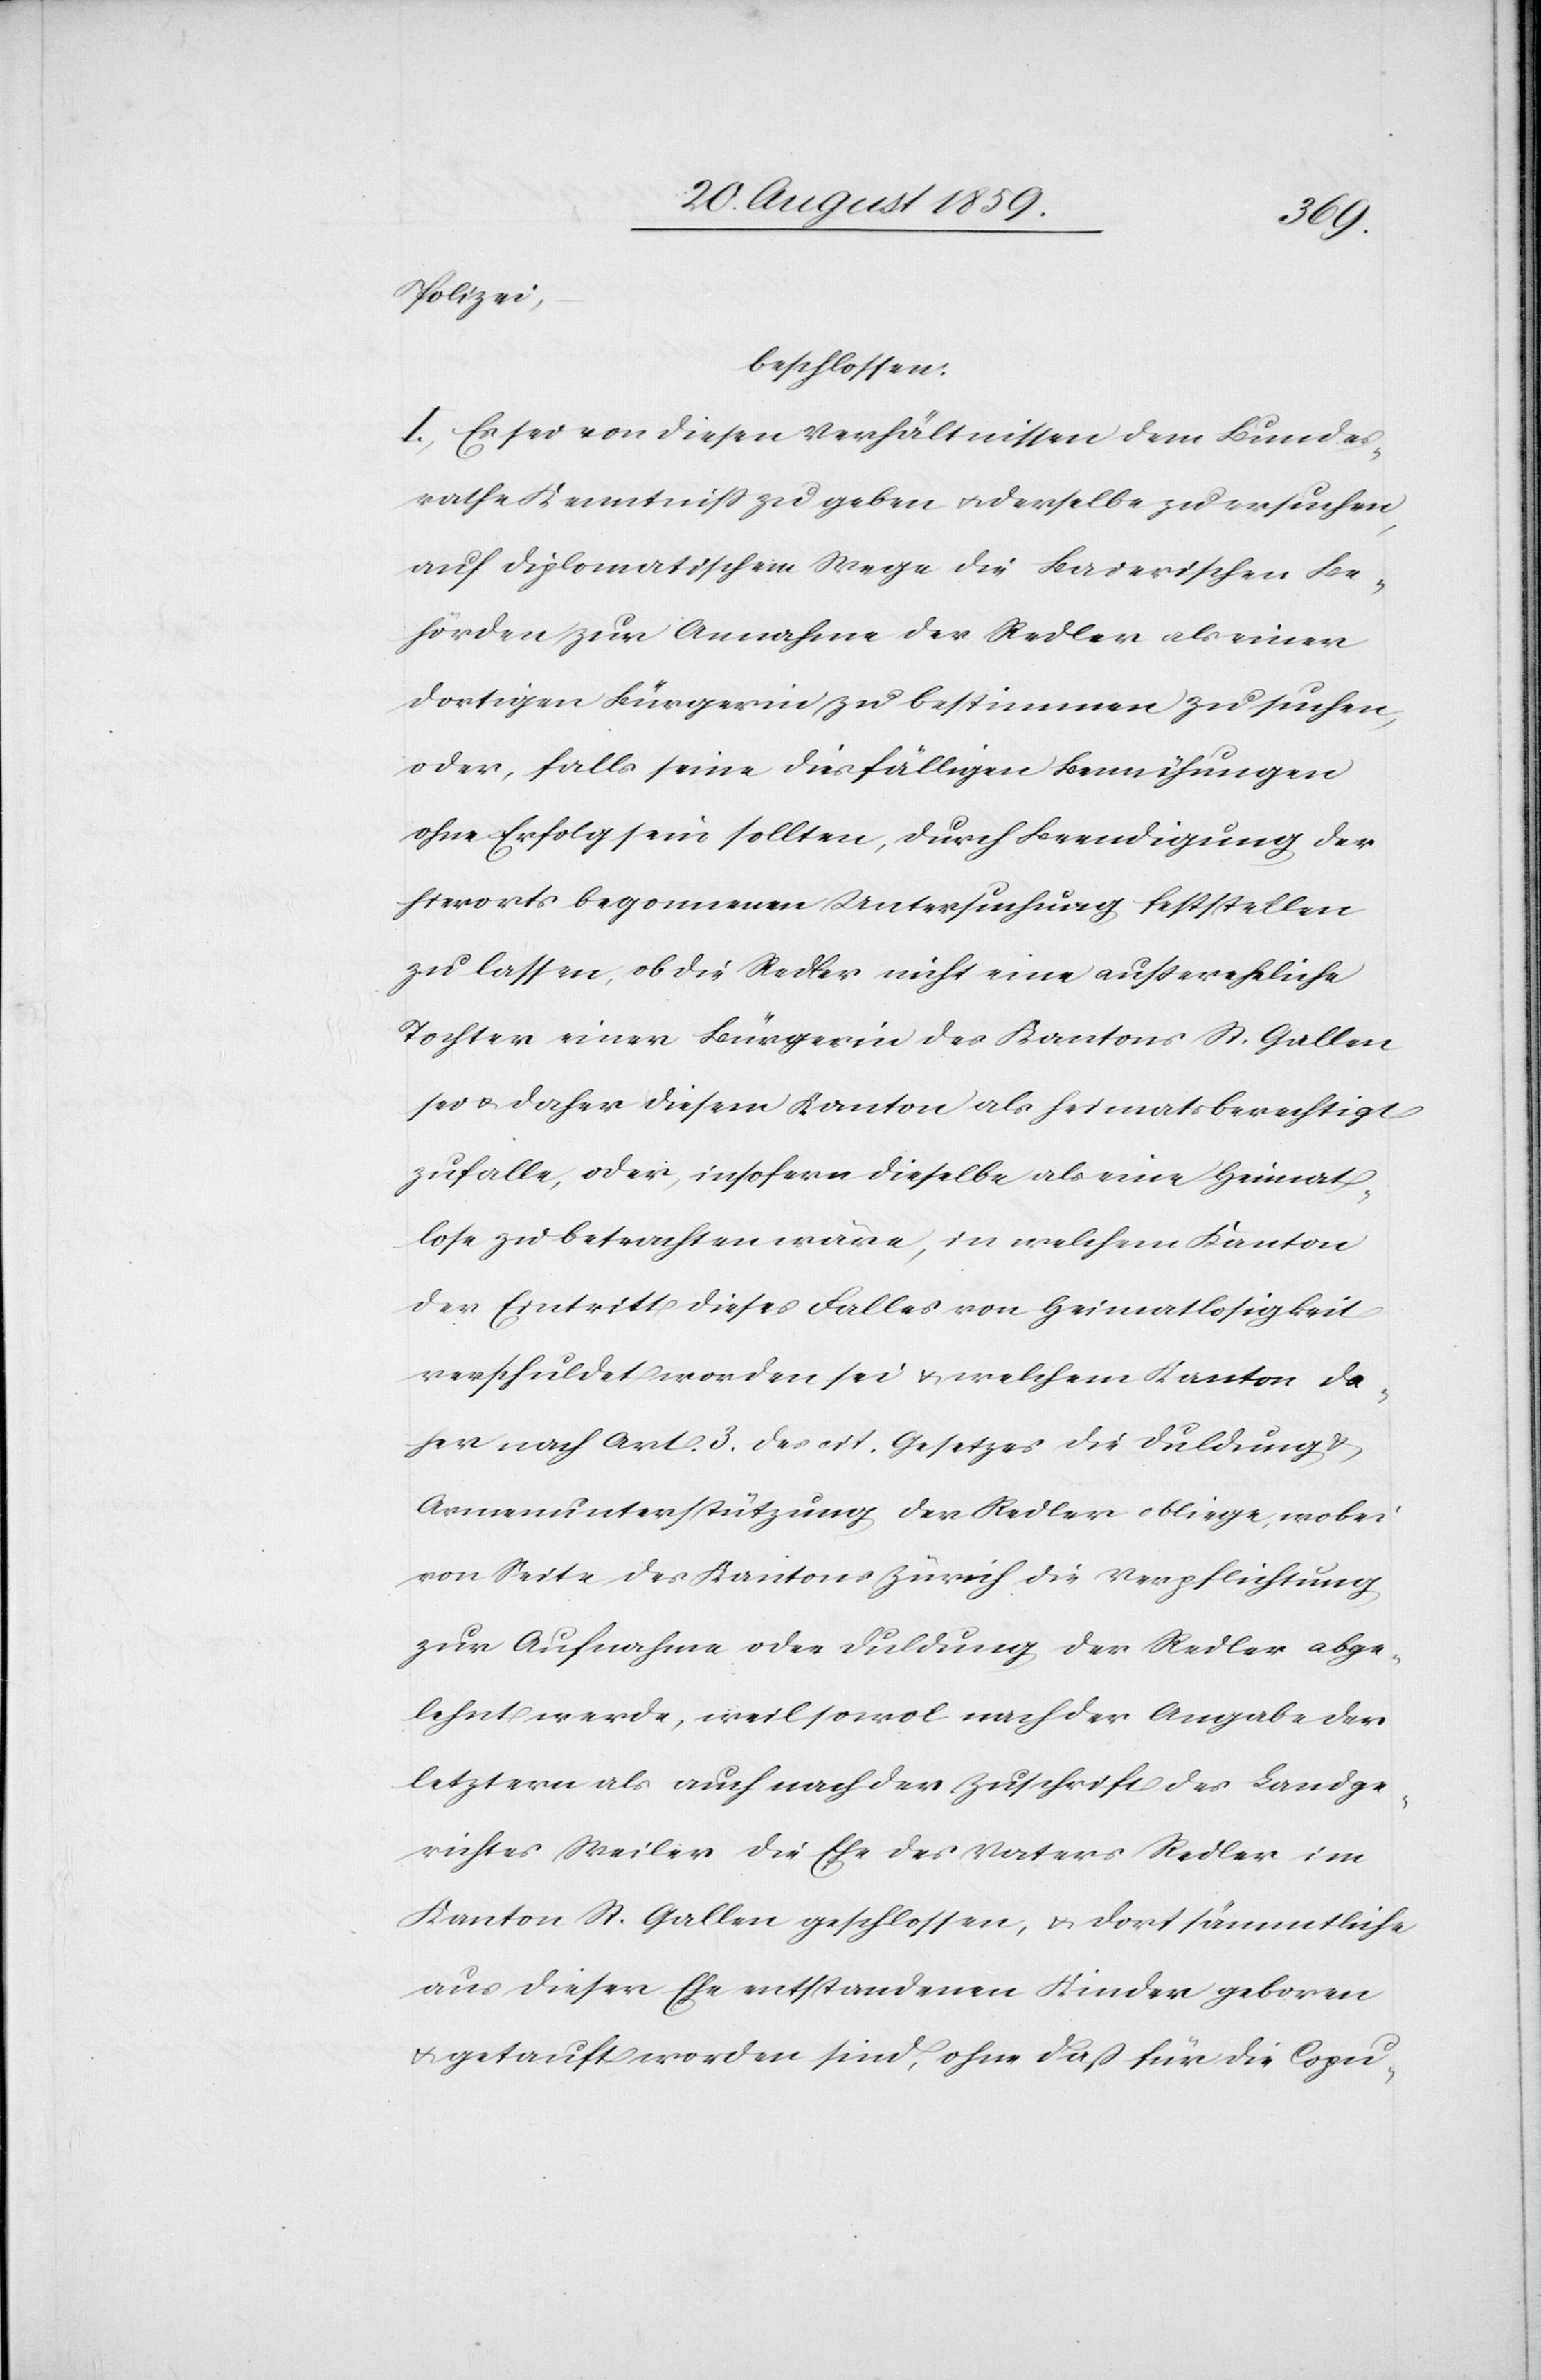
Polizei,
beschlossen:
I. Es sei von diesen Verhältnissen dem Bundes¬
rathe Kenntniß zu geben & derselbe zu ersuchen,
auf diplomatischem Wege die Baierischen Be¬
hörden zur Annahme der Redler als einer
dortigen Bürgerin zu bestimmen zu suchen,
oder, falls seine diesfälligen Bemühungen
ohne Erfolg sein sollten, durch Beendigung der
hierorts begonnen Untersuchung feststellen
zu lassen, ob die Redler nicht eine außereheliche
Tochter einer Bürgerin des Kantons St. Gallen
sei & daher diesem Kanton als heimatsberechtigt
zufalle, oder, insofern dieselbe als eine Heimat¬
lose zu betrachten wäre, in welchem Kanton
der Eintritt dieses Falles von Heimatslosigkeit
verschuldet worden sei & welchem Kanton da¬
her nach Art. 3 des cit. Gesetzes die Duldung &
Armenunterstützung der Redler obliege, wobei
von Seite des Kantons Zürich die Verpflichtung
zur Aufnahme oder Duldung der Redler abge¬
lehnt werde, weil sowol nach der Angabe der
letztern als auch nach der Zuschrift des Landge¬
richtes Weiler die Ehe des Vaters Redler im
Kanton St. Gallen geschlossen, & dort sämmtliche
aus dieser Ehe entstandenen Kinder geboren
& getauft worden sind, ohne daß für die Copu-